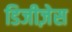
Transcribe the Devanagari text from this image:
डिजीज़ेस